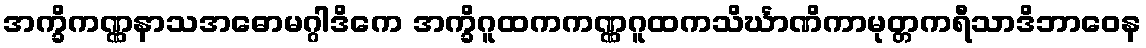
အက္ခိကဏ္ဏနာသအဓောမဂ္ဂါဒိကေ အက္ခိဂူထကကဏ္ဏဂူထကသိင်္ဃာဏိကာမုတ္တကရီသာဒိဘာဝေန